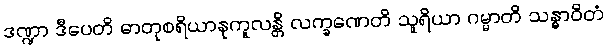
ဒဏ္ဍာ ဒီပေတိ ဓာတုစရိယာနုကူလန္တိ လက္ခဏေတိ သူရိယာ ဂမ္မာတိ သန္ဓာဝိတံ